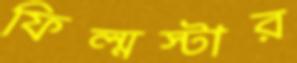
ফিল্মস্টার